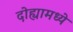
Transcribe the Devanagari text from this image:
दोह्यामध्ये